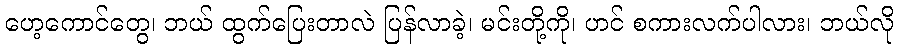
ဟေ့ကောင်တွေ၊ ဘယ် ထွက်ပြေးတာလဲ ပြန်လာခဲ့၊ မင်းတို့ကို၊ ဟင် စကားလက်ပါလား၊ ဘယ်လို